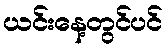
ယင်းနေ့တွင်ပင်